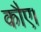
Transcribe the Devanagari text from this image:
कौए।